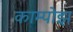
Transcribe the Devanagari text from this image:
काम्पोझ